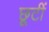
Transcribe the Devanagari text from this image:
छूटीं